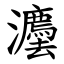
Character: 灋